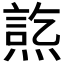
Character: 𤍋